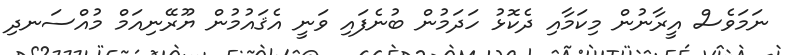
ނަމަވެސް އީރާނުން މިކަމާއި ދެކޮޅު ހަދަމުން ބުނެފައި ވަނީ އެޤައުމުން ޔޫރޭނިއަމް މުއްސަނދި